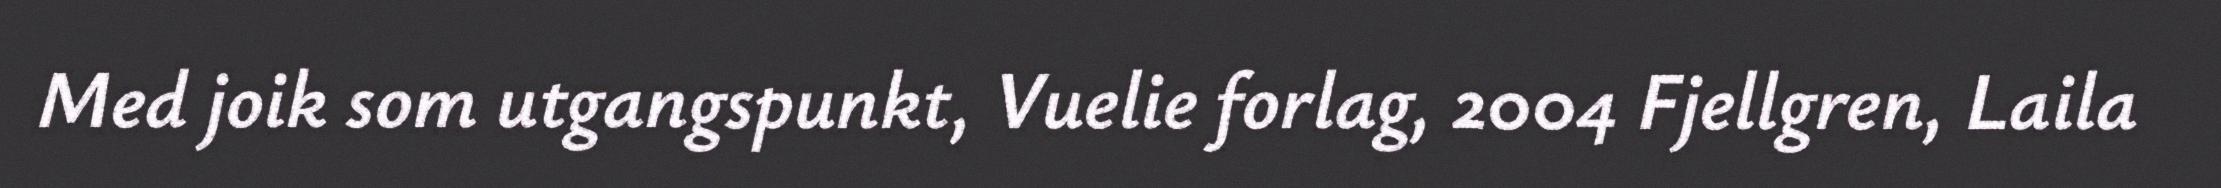
Med joik som utgangspunkt, Vuelie forlag, 2004 Fjellgren, Laila